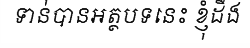
ទាន់បានអត្ថបទនេះ ខ្ញុំដឹង